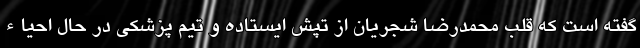
گفته است که قلب محمدرضا شجریان از تپش ایستاده و تیم پزشکی در حال احیاء